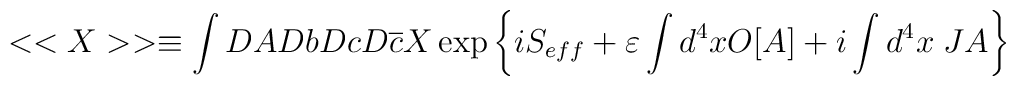
<<X>>\equiv \int DADbDcD\overline{c}X\exp \left\{ iS_{eff}+\varepsilon \int d^{4}xO[A]+i\int d^{4}x\; JA\right\}